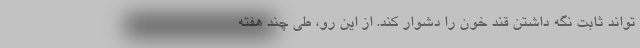
تواند ثابت نگه داشتن قند خون را دشوار کند. از این رو، طی چند هفته